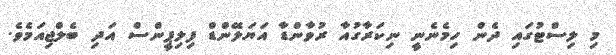
މި ލިސްޓުގައި ދެން ހިމެނެނީ ނިކަރާގުއާ ރުވާންޑާ އަޔަލޭންޑް ފިލިޕީންސް އަދި ބެލްޖިއަމެވެ.